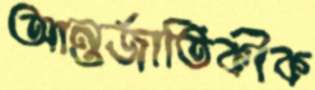
আন্তর্জাতিকীক